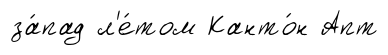
за́пад л'е́том Канто́н Апт